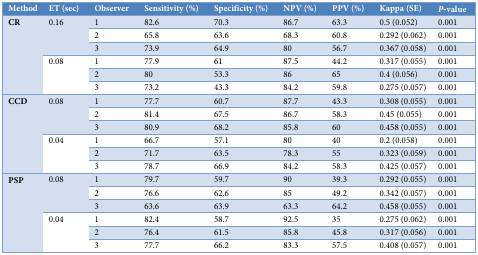
<table><thead><tr><td><b>Method</b></td><td><b>ET (sec)</b></td><td><b>Observer</b></td><td><b>Sensitivity (%)</b></td><td><b>Specificity (%)</b></td><td><b>NPV (%)</b></td><td><b>PPV (%)</b></td><td><b>Kappa (SE)</b></td><td><b><i>P</i>-value</b></td></tr></thead><tbody><tr><td rowspan="6"><b>CR</b></td><td rowspan="3">0.16</td><td>1</td><td>82.6</td><td>70.3</td><td>86.7</td><td>63.3</td><td>0.5 (0.052)</td><td>0.001</td></tr><tr><td>2</td><td>65.8</td><td>63.6</td><td>68.3</td><td>60.8</td><td>0.292 (0.062)</td><td>0.001</td></tr><tr><td>3</td><td>73.9</td><td>64.9</td><td>80</td><td>56.7</td><td>0.367 (0.058)</td><td>0.001</td></tr><tr><td rowspan="3">0.08</td><td>1</td><td>77.9</td><td>61</td><td>87.5</td><td>44.2</td><td>0.317 (0.055)</td><td>0.001</td></tr><tr><td>2</td><td>80</td><td>53.3</td><td>86</td><td>65</td><td>0.4 (0.056)</td><td>0.001</td></tr><tr><td>3</td><td>73.2</td><td>43.3</td><td>84.2</td><td>59.8</td><td>0.275 (0.057)</td><td>0.001</td></tr><tr><td rowspan="6"><b>CCD </b></td><td rowspan="3">0.08</td><td>1</td><td>77.7</td><td>60.7</td><td>87.7</td><td>43.3</td><td>0.308 (0.055)</td><td>0.001</td></tr><tr><td>2</td><td>81.4</td><td>67.5</td><td>86.7</td><td>58.3</td><td>0.45 (0.055)</td><td>0.001</td></tr><tr><td>3</td><td>80.9</td><td>68.2</td><td>85.8</td><td>60</td><td>0.458 (0.055)</td><td>0.001</td></tr><tr><td rowspan="3">0.04</td><td>1</td><td>66.7</td><td>57.1</td><td>80</td><td>40</td><td>0.2 (0.058)</td><td>0.001</td></tr><tr><td>2</td><td>71.7</td><td>63.5</td><td>78.3</td><td>55</td><td>0.323 (0.059)</td><td>0.001</td></tr><tr><td>3</td><td>78.7</td><td>66.9</td><td>84.2</td><td>58.3</td><td>0.425 (0.057)</td><td>0.001</td></tr><tr><td rowspan="6"><b>PSP</b></td><td rowspan="3">0.08</td><td>1</td><td>79.7</td><td>59.7</td><td>90</td><td>39.3</td><td>0.292 (0.055)</td><td>0.001</td></tr><tr><td>2</td><td>76.6</td><td>62.6</td><td>85</td><td>49.2</td><td>0.342 (0.057)</td><td>0.001</td></tr><tr><td>3</td><td>63.6</td><td>63.9</td><td>63.3</td><td>64.2</td><td>0.458 (0.055)</td><td>0.001</td></tr><tr><td rowspan="3">0.04</td><td>1</td><td>82.4</td><td>58.7</td><td>92.5</td><td>35</td><td>0.275 (0.062)</td><td>0.001</td></tr><tr><td>2</td><td>76.4</td><td>61.5</td><td>85.8</td><td>45.8</td><td>0.317 (0.056)</td><td>0.001</td></tr><tr><td>3</td><td>77.7</td><td>66.2</td><td>83.3</td><td>57.5</td><td>0.408 (0.057)</td><td>0.001</td></tr></tbody></table>